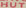
HUT